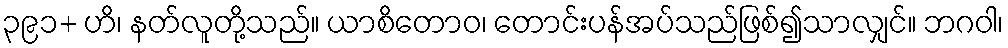
၃၉၁+ ဟိ၊ နတ်လူတို့သည်။ ယာစိတောဝ၊ တောင်းပန်အပ်သည်ဖြစ်၍သာလျှင်။ ဘဂဝါ၊